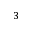
^ 3